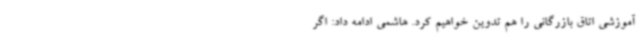
آموزشی اتاق بازرگانی را هم تدوین خواهیم کرد. هاشمی ادامه داد: اگر